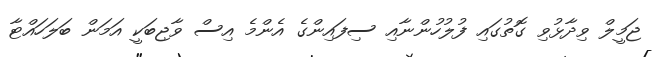
ޖަމީލް ވިދާޅުވި ގޮތުގައި ފުލުހުންނާއި ސިފައިންގެ އެންމެ އިސް ވާޖިބަކީ އަމަން ބަލަހައްޓާ